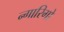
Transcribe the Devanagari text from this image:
न्गारिगो